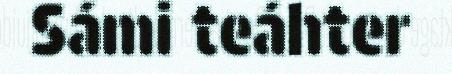
Sámi teáhter